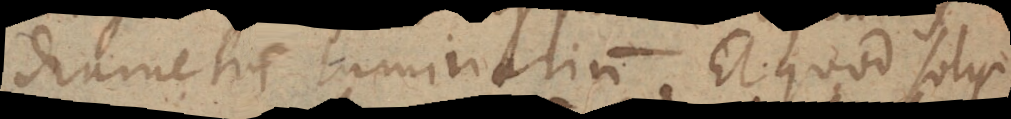
diametris luminarium. Et quod solis